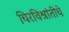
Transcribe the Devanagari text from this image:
चिरविश्रांतीचे